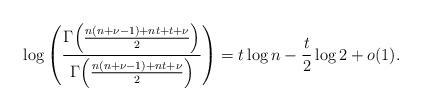
LaTeX: \begin{align*}\log \left({\Gamma\Big({n(n+\nu-1)+nt+ t + \nu \over 2}\Big)\over\Gamma\Big({n(n+\nu-1)+nt +\nu\over 2}\Big)}\right) = t\log n-{t\over 2}\log 2+o(1).\end{align*}